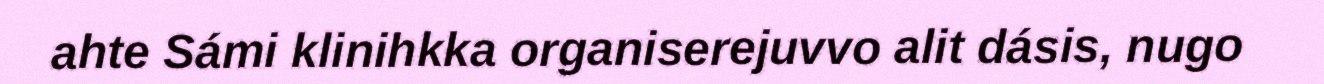
ahte Sámi klinihkka organiserejuvvo alit dásis, nugo